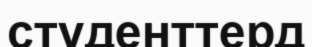
студенттерд